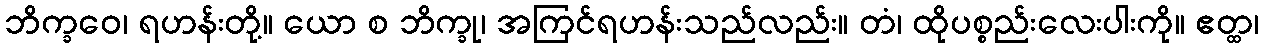
ဘိက္ခဝေ၊ ရဟန်းတို့။ ယော စ ဘိက္ခု၊ အကြင်ရဟန်းသည်လည်း။ တံ၊ ထိုပစ္စည်းလေးပါးကို။ ဧတ္ထ၊